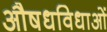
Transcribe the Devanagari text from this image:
औषधविधाओं